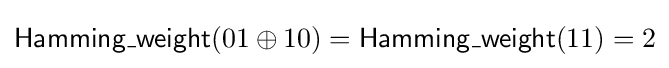
{\mathsf {Hamming\_weight}}(01\oplus 10)={\mathsf {Hamming\_weight}}(11)=2